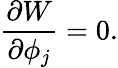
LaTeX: \frac{\partial W}{\partial\phi_{j}}=0.